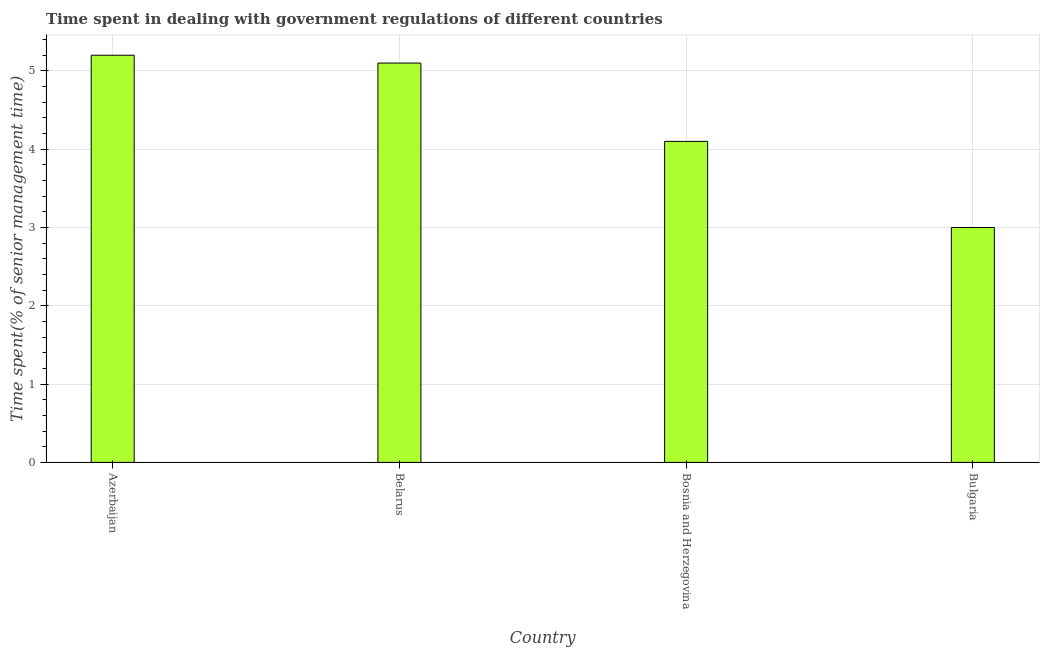
| Country | Government regulations |
 | --- | --- |
 | Azerbaijan | 5.2 |
 | Belarus | 5.1 |
 | Bosnia and Herzegovina | 4.1 |
 | Bulgaria | 3 |